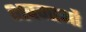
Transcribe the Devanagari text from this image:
भवनाओं